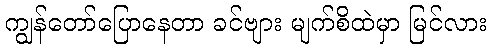
ကျွန်တော်ပြောနေတာ ခင်ဗျား မျက်စိထဲမှာ မြင်လား